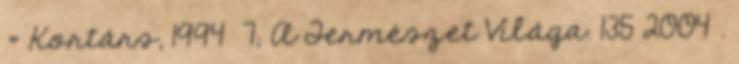
= Kortárs, 1994 7; A Természet Világa. 135 2004 .